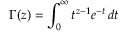
\Gamma ( z ) = \int _ { 0 } ^ { \infty } t ^ { z - 1 } e ^ { - t } \, d t